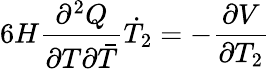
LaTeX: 6H\frac{\partial^{2}Q}{\partial T\partial{\bar{T}}}\dot{T}_{2}=-\frac{\partial V}{\partial T_{2}}